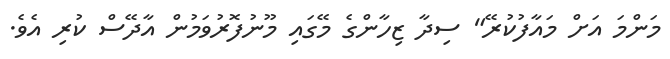
މަންމަ އަށް މައާފުކުރޭ" ސިދާ ޒިހާންގެ މޭގައި މޫނުފޮރުވަމުން އާދޭސް ކުރި އެވެ.